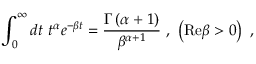
\int _ { 0 } ^ { \infty } d t \ t ^ { \alpha } e ^ { - \beta t } = { \frac { \Gamma \left( \alpha + 1 \right) } { \beta ^ { \alpha + 1 } } } \ , \ \left( \mathrm { R e } \beta > 0 \right) \ ,